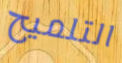
التلميح